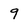
Character: 9